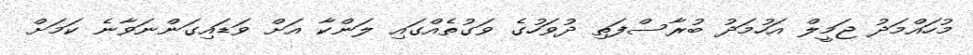
މުހައްމަދު ޖަމީލް އަހުމަދު ބުރާސްފަތި ދުވަހުގެ ވަގުތެއްގައި ލަންކާ އަށް ވަޑައިގަންނަވާނެ ކަމަށް